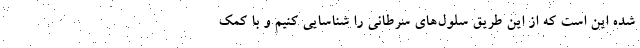
شده این است که از این طریق سلول‌های سرطانی را شناسایی کنیم و با کمک